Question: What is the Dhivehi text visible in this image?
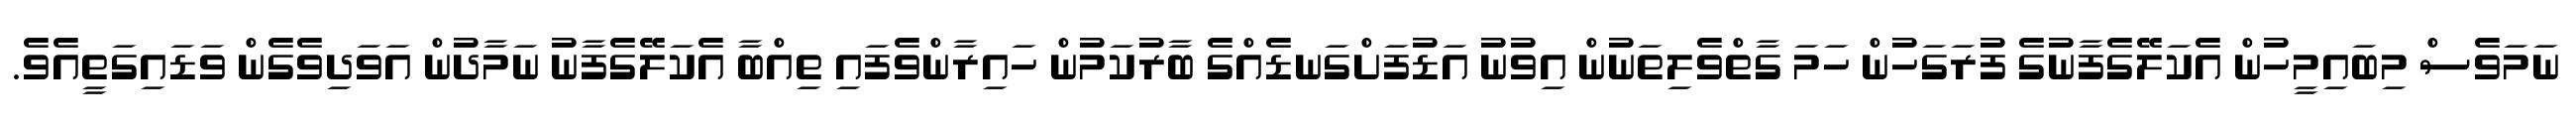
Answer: ނަމަވެސް މިބައިމީހުން އެކަލޭގެފާނުގެ ފުރަގަހުން ހަމަ ގާތްވެލިތަނުން އިވުނު އަޑުފަށްގަނޑެއްގެ ބާރުކަމުން ހައިރާންވެފައި ތިއްބާ އެކަލޭގެފާނު ނަމާދުން އަވަދިވެގެން ވަޑައިގަތީއެވެ.